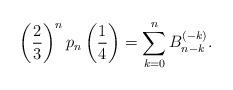
LaTeX: \begin{align*}\left(\frac{2}{3} \right)^n p_n \left(\frac{1}{4} \right) = \sum_{k=0}^n B_{n-k}^{(-k)}.\end{align*}